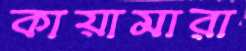
কায়ামারা